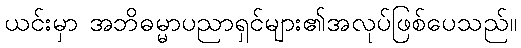
ယင်းမှာ အဘိဓမ္မာပညာရှင်များ၏အလုပ်ဖြစ်ပေသည်။